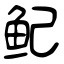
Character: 鱾